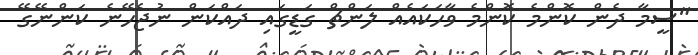
"ސީމާ ދެން ކޮންމެ ކޮންމެ ވާހަކައެއް ލަންޗް ގަޑީގައި ދައްކަން ނުޖެހޭނެ ކަންނޭގޭ